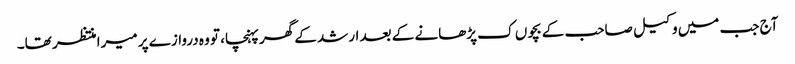
آج جب میں وکیل صاحب کے بچوں ک پڑھانے کے بعد ارشد کے گھر پہنچا، تو وہ دروازے پر میرا منتظر تھا۔